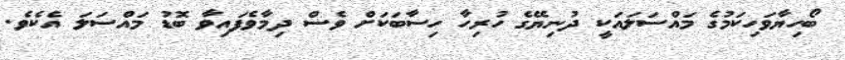
ބޯހިޔާވަހިކަމުގެ މައްސަލައަކީ ދުނިޔޭގެ ހުރިހާ ހިސާބަކަށް ވެސް ދިމާވެފައިވާ ބޮޑު މައްސަލަ އެކެވެ.